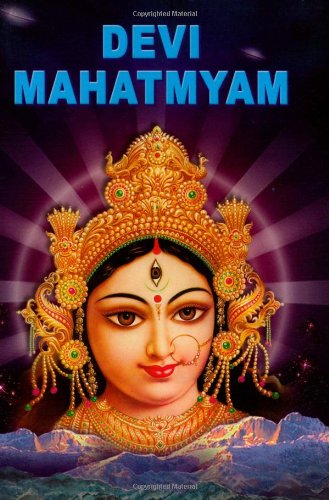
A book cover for Devi-Mahatmyam (The Chandi); English translation by Swami Jagadiswarananda; Religion & Spirituality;